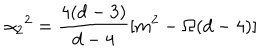
LaTeX: \alpha _ { 2 } { } ^ { 2 } = \frac { 4 ( d - 3 ) } { d - 4 } [ m ^ { 2 } - \Omega ( d - 4 ) ]